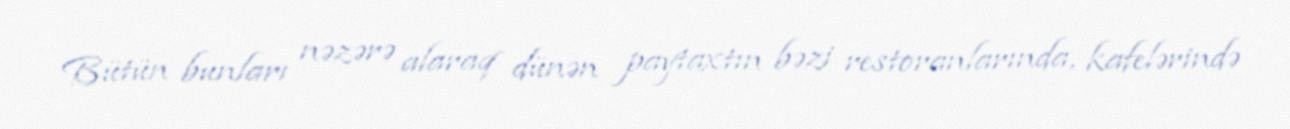
Bütün bunları nəzərə alaraq dünən paytaxtın bəzi restoranlarında, kafelərində